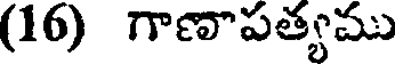
(16) గాణాపత్యము